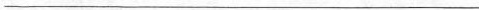
___